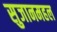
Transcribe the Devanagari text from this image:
सुजानमहल